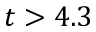
t > 4 . 3